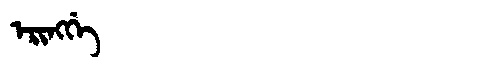
Manchu: ᡝᡵᡳᠩᡤᡝ
Romanization: ERINGGE